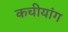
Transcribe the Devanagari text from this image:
कचीयांग